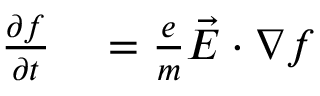
\begin{array} { r l } { \frac { \partial f } { \partial t } } & { { } = \frac { e } { m } \Vec { E } \cdot \nabla f } \end{array}